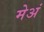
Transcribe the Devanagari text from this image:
मेअं